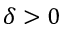
\delta > 0